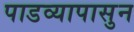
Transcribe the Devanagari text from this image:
पाडव्यापासुन